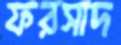
ফরসাদ